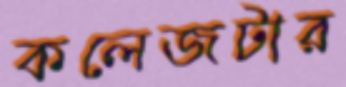
কলেজটার